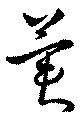
冀